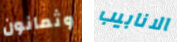
وثمانون الانابيب